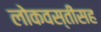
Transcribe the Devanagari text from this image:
लोकवस्तीसह